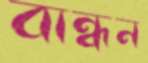
বান্ধন